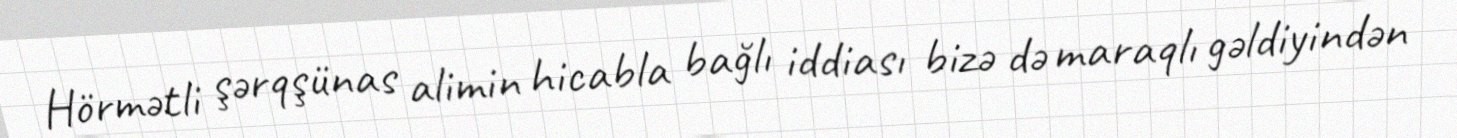
Hörmətli şərqşünas alimin hicabla bağlı iddiası bizə də maraqlı gəldiyindən